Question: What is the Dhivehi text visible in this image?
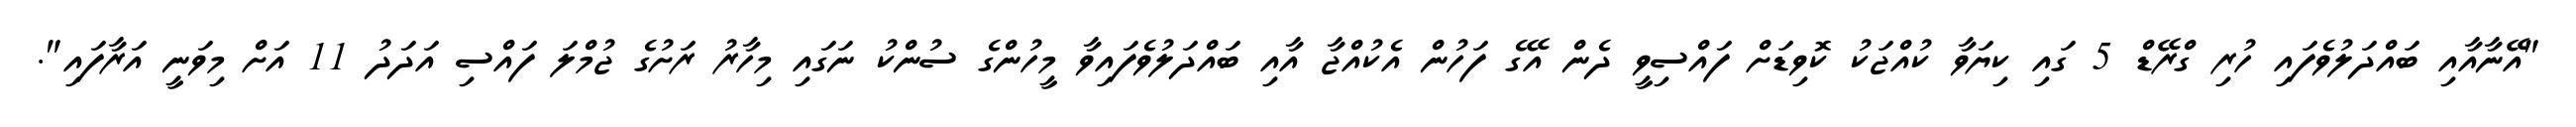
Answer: "އޭނާއާއި ބައްދަލުވެފައި ހުރި ގްރޭޑް 5 ގައި ކިޔަވާ ކުއްޖަކު ކޮވިޑަށް ފައްސިވީ ދެން އޭގެ ފަހުން އެކުއްޖާ އާއި ބައްދަލުވެފައިވާ މީހުންގެ ސުންކު ނަގައި މިހާރު ރަށުގެ ޖުމްލަ ފައްސި އަދަދު 11 އަށް މިވަނީ އަރާފައި".